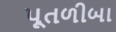
પૂતળીબા